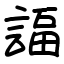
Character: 諨